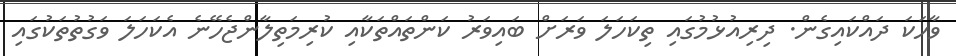
ވާހަކަ ދައްކައިގެން. ދިރިއުޅުމުގައި ތިކަހަލަ ވަރަށް ބައިވަރު ކަންތައްތަކާއި ކުރިމަތިލާންޖެހޭނެ އެކަހަލަ ވަގުތުތަކުގައި